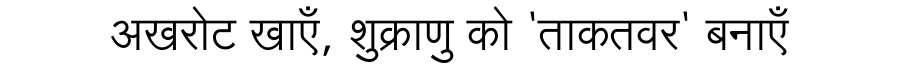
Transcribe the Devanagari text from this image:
अखरोट खाएँ, शुक्राणु को 'ताकतवर' बनाएँ